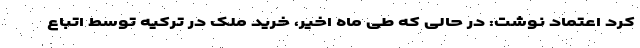
کرد اعتماد نوشت: در حالی که طی ماه اخیر، خرید ملک در ترکیه توسط اتباع